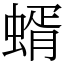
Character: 蝑